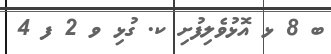
ބ 8 ޅ އޮޅުވެލިފުށި ކ. ގުޅި ވ 2 ފ 4